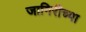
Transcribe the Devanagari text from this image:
जागिरीच्या